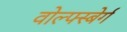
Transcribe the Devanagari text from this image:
वोल्फ्स्बेर्ग